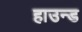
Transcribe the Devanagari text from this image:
हाउन्ड